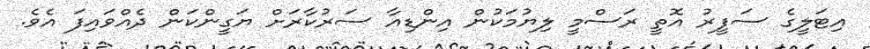
އިޓަލީގެ ސަފީރު އޮތީ ރަސްމީ ލިޔުމަކުން އިންޑިއާ ސަރުކާރަށް ޔަގީންކަން ދެއްވައިފަ އެވެ.